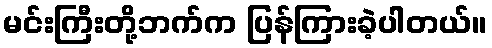
မင်းကြီးတို့ဘက်က ပြန်ကြားခဲ့ပါတယ်။